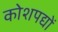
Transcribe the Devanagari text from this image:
कोशपद्यों